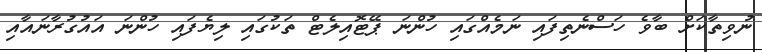
ނުވިތާކަށް ބާވެ ހަސްނެތިފައި ނަމެއްގައި ހުންނަ ޕޭޓޮއިލެޓް ތަކުގައި ލިޔެފައި ހުންނަ އައުގުރާނައާއި